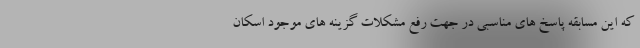
که این مسابقه پاسخ های مناسبی در جهت رفع مشکلات گزینه های موجود اسکان